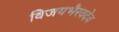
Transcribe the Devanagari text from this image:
विजयभैरवदेव